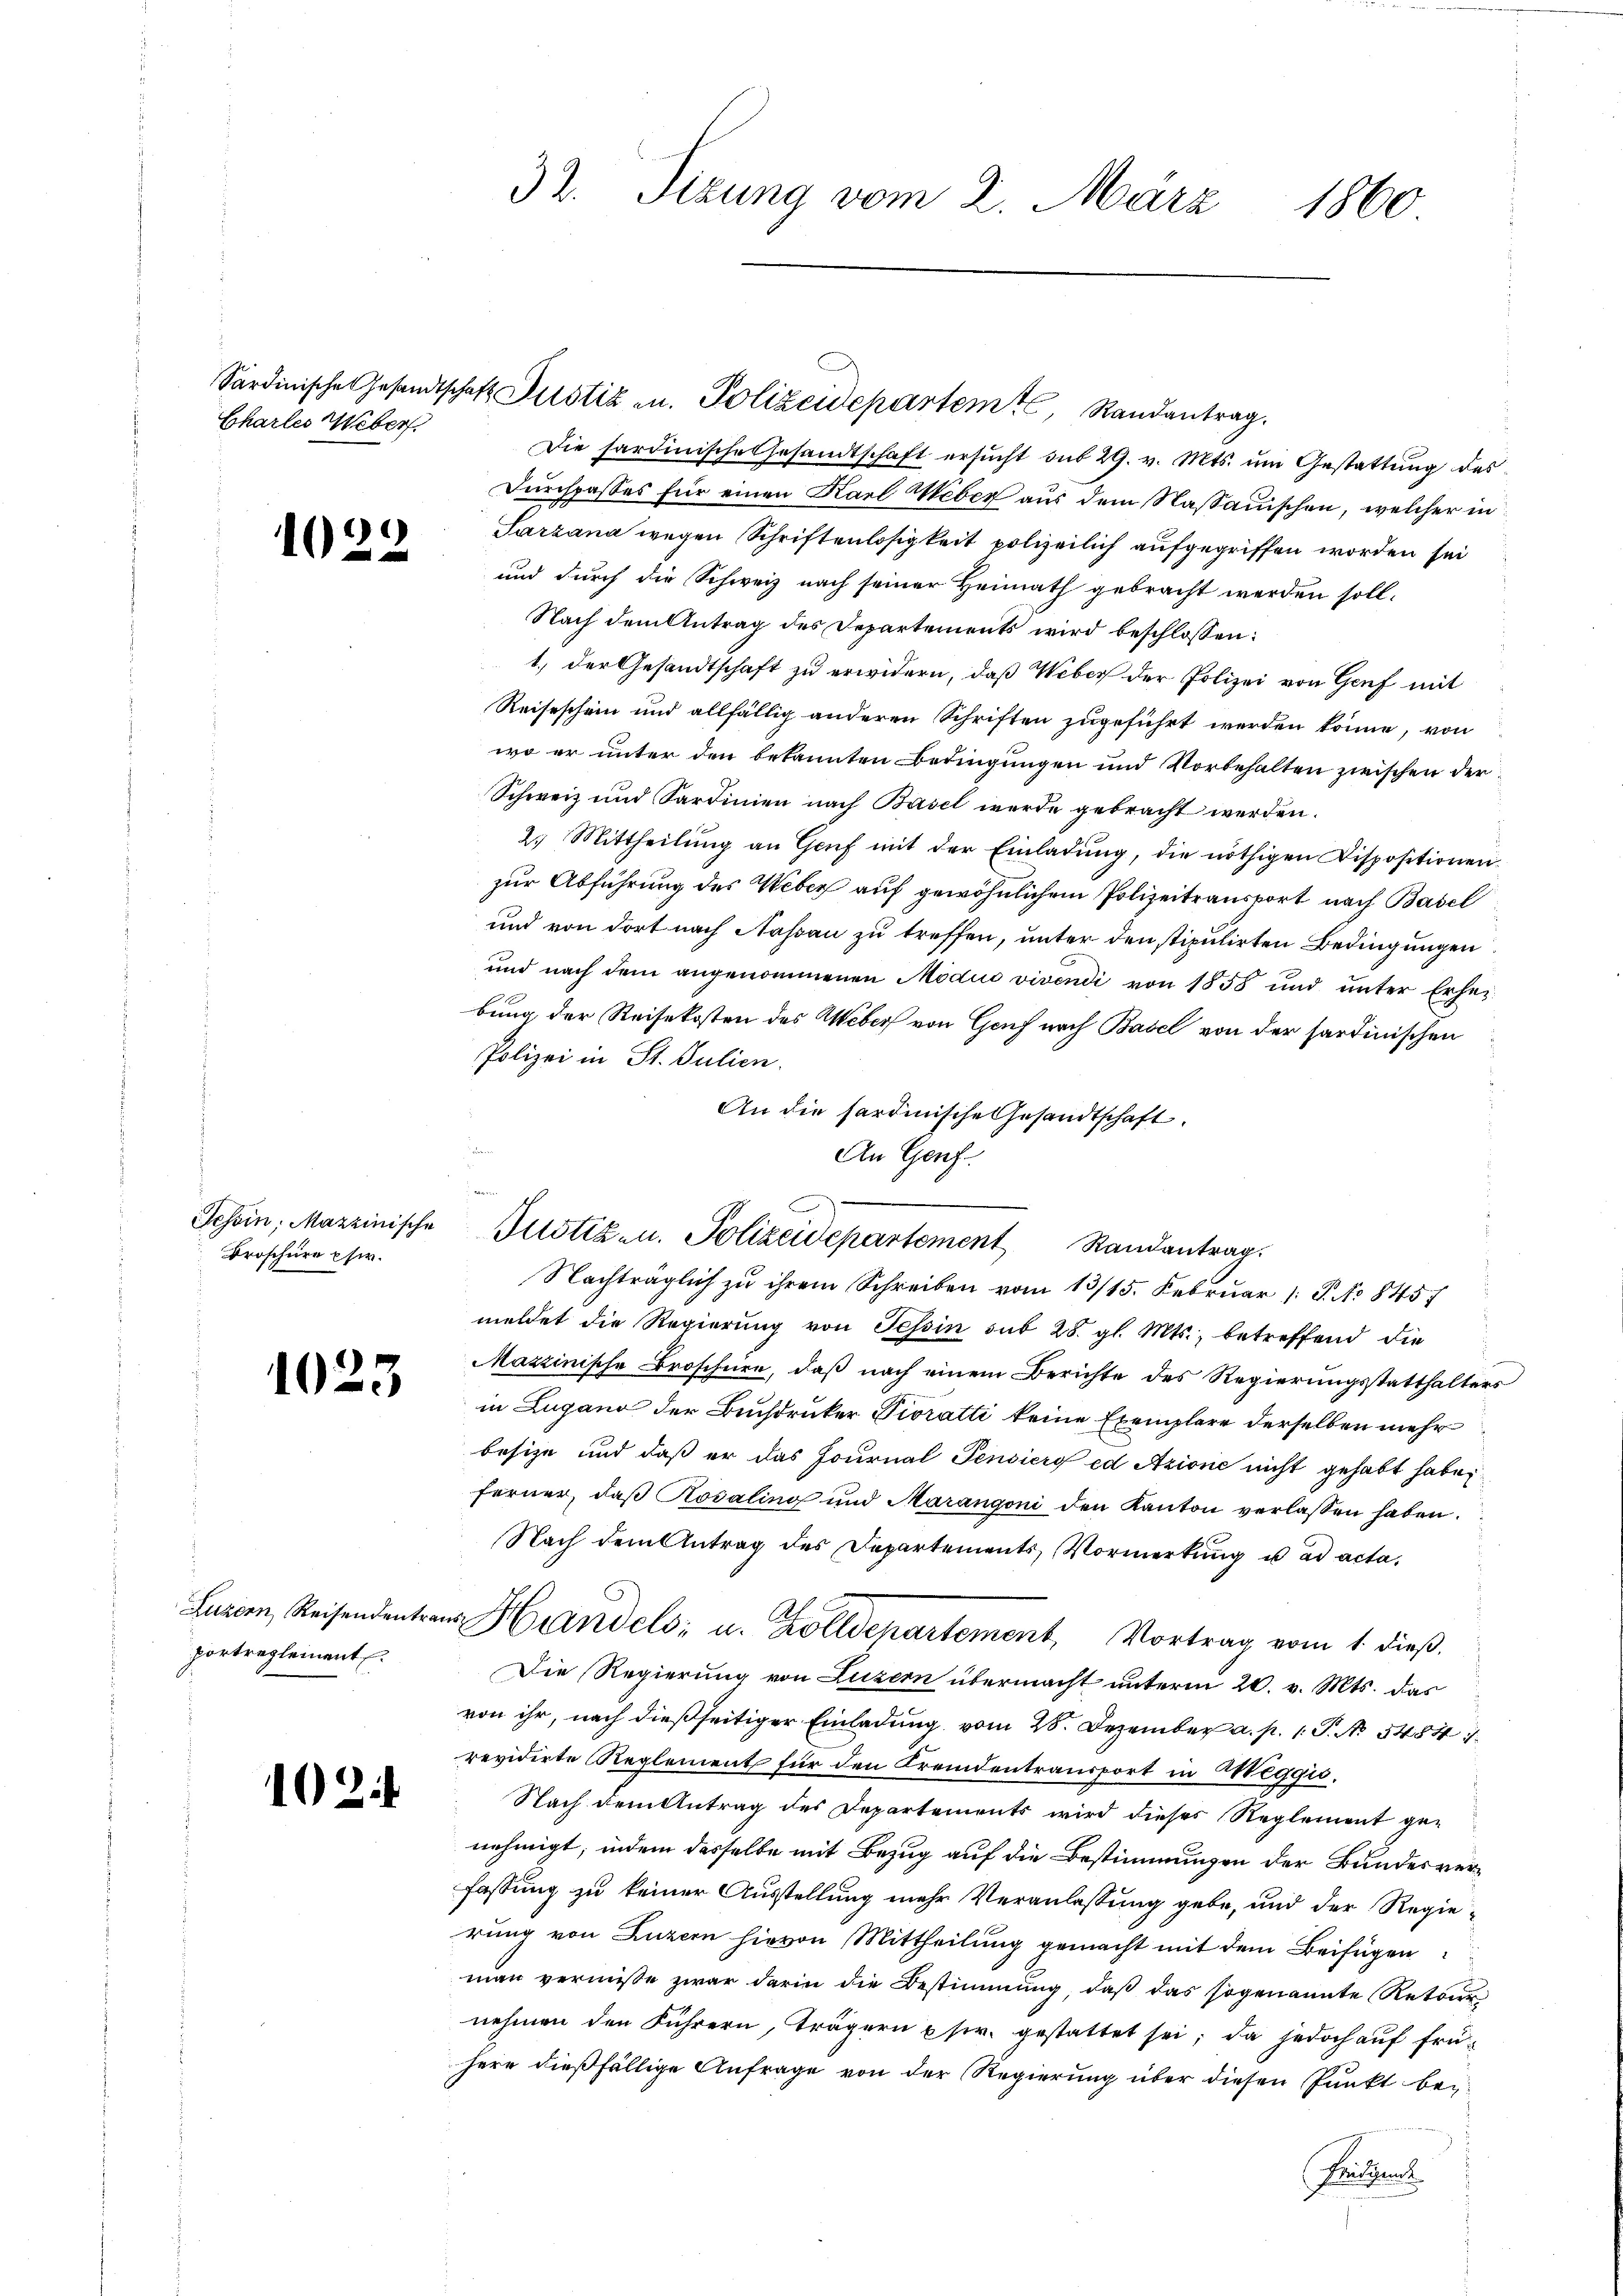
Chartes Weber.

)
1

Broschüre eher.

10.

23

portreglement.

102.

Die Sardinische Gesandtschaft ersŭcht sub 29. v. Mts. ŭm Gestattŭng des
Durchpasses für einen Karl Weber aus dem Nassauischen, welcher in
Sarzana wegen Schriftenlosigkeit polizeilich aufgegriffen worden sei
und durch die Schweiz nach seiner Heimath gebracht werden soll.
Nach dem Antrag des Departements wird beschlossen:
1.) Der Gesandtschaft zu erwidern, daß Weber der Polizei von Genf mit
Reiseschein und allfällig anderen Schriften zugeführt werden könne, von
wo er unter den bekannten Bedingungen und Vorbehalten zwischen der¬
Schweiz und Sardinien nach Basel werde gebracht werden.
2. Mittheilŭng an Genf mit der Einladŭng, die nöthigen Dispositionen
zur Abführung des Weber auf gewöhnlichem Polizeitransport nach Basel
und von dort nach Nassau zu treffen, unter den stipulirten Bedingungen
und nach dem angenommenen Modus vivendi von 1858 und ŭnter Erhei-
bung der Reisekosten des Weber von Genf nach Basel von der sardinischen
Polizei in St. Julien.
An die hardinische Gesandtschaft.
An Genf
Nachträglich zu ihrem Schreiben vom 13/15. Februar 1 S. No 845
meldet die Regierung von Tessin sub 28. gl. Mts., betreffend die
Mazzinische Broschien, daß nach einem Berichte des Regierungsstatthalters
in Lugano der Buchdruker Pioratti keine Exemplare derselben mehr
besize und daß er das Journal Pensiery ed Azione nicht gehabt habe
ferner, daß Rosaling und Marangoni den Kanton verlassen haben.
Nach dem Antrag des Departements, Vormerkung u. ad acta,
Luzern, Reisendent aus Handels- u. Zolldepartement Vortrag vom 1. dieβ.
Die Regierung von Luzern übermacht unterm 20. v. Mts. das
von ihr, nach dießseitiger Einladung vom 28. Dezember a. p. 1. P. No. 5484
revidirte Reglement für den Fremdentransport in Weggio.
Nach dem Antrag des Departements wird dieses Reglement genehmigt; indem dasselbe mit Bezug auf die Bestimmungen der Bundesverfassung zu keiner Ausstellung mehr Veranlassung gebe, und der Regierung von Luzern hievon Mittheilung gemacht mit dem Beifügen
man verniße zwar darin die Bestimmung, daβ das sogenannte Retour
nehmen den Führern, trägern p fr. gestattet sei; da jedoch aŭf frü-
here dießfällige Anfrage von der Regierung über diesen Punkt bei¬
Frischen

32. Sizung vom 2. März
1860

Sardinische Gesandtschaft Zustiz u. Polizeidepartem Randantrag.

Tessin, Mazzinische Potiz u. Polizeidepartement Randantrag.